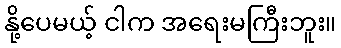
နို့ပေမယ့် ငါက အရေးမကြီးဘူး။